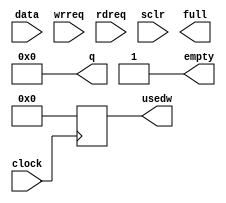
/* -*- verilog -*- */
/*
 * Copyright (C) 2003 Matt Ettus
 * Copyright (C) 2007 Corgan Enterprises LLC
 * 
 * GNU Radio is free software; you can redistribute it and/or modify
 * it under the terms of the GNU General Public License as published by
 * the Free Software Foundation; either version 3, or (at your option)
 * any later version.
 * 
 * GNU Radio is distributed in the hope that it will be useful,
 * but WITHOUT ANY WARRANTY; without even the implied warranty of
 * MERCHANTABILITY or FITNESS FOR A PARTICULAR PURPOSE.  See the
 * GNU General Public License for more details.
 * 
 * You should have received a copy of the GNU General Public License
 * along with GNU Radio; see the file COPYING.  If not, write to
 * the Free Software Foundation, Inc., 51 Franklin Street,
 * Boston, MA 02110-1301, USA.
 */

// Model of Altera FIFO with common clock domain

module fifo_1clk(data, wrreq, rdreq, clock, sclr, q,
		 full, empty, usedw);

   parameter width = 32;
   parameter depth = 4096;
   //`define rd_req 0;  // Set this to 0 for rd_ack, 1 for rd_req
      
   input [31:0]  data;
   input 	 wrreq;
   input 	 rdreq;
   input 	 clock;
   input 	 sclr;
   output [31:0] q;
   output 	 full;
   output 	 empty;
   output [11:0] usedw;
   
   reg [width-1:0] mem [0:depth-1];
   reg [7:0] 	   rdptr;
   reg [7:0] 	   wrptr;
   
`ifdef rd_req
   reg [width-1:0] q;
`else
   wire [width-1:0] q;
`endif
   
   reg [11:0] 	  usedw;
   
   integer 	    i;
   
   always @( sclr)
     begin
	wrptr <= #1 0;
	rdptr <= #1 0;
	for(i=0;i<depth;i=i+1)
	  mem[i] <= #1 0;
     end
   
   always @(posedge clock)
     if(wrreq)
       begin
	  wrptr <= #1 wrptr+1;
	  mem[wrptr] <= #1 data;
       end
   
   always @(posedge clock)
     if(rdreq)
       begin
   	  rdptr <= #1 rdptr+1;
`ifdef rd_req
	  q <= #1 mem[rdptr];
`endif
       end
   
`ifdef rd_req
`else
   assign q = mem[rdptr];
`endif
   
   always @(posedge clock)
     usedw <= #1 wrptr - rdptr;
   
   assign empty = (wrptr == rdptr);
endmodule